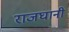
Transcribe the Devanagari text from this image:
राजघानी